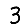
Digit: 3